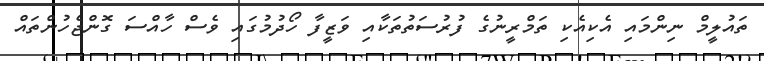
ތައުލީމް ނިންމައި އެކިއެކި ތަމްރީނުގެ ފުރުސަތުތަކާއި ވަޒީފާ ހޯދުމުގައި ވެސް ހާއްސަ ގޮންޖެހުންތައް